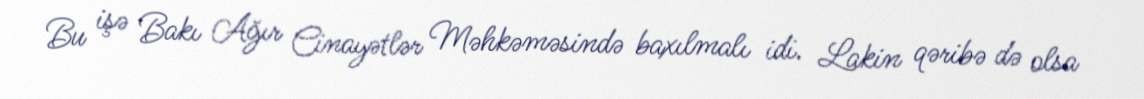
Bu işə Bakı Ağır Cinayətlər Məhkəməsində baxılmalı idi. Lakin qəribə də olsa